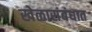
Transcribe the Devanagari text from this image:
खेळासंबंधात